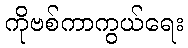
ကိုဗစ်ကာကွယ်ရေး